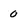
Character: 0